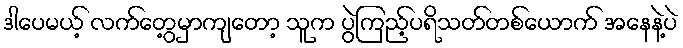
ဒါပေမယ့် လက်တွေ့မှာကျတော့ သူက ပွဲကြည့်ပရိသတ်တစ်ယောက် အနေနဲ့ပဲ